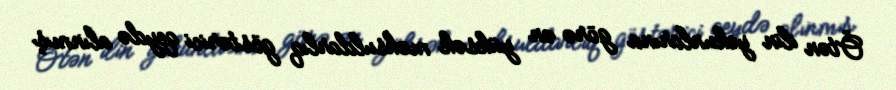
Ötən ilin yekunlarına görə ən yüksək məhsuldarlıq göstərici qeydə alınmış